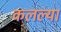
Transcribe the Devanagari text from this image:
कलल्या